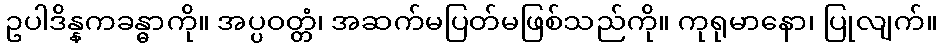
ဥပါဒိန္နကခန္ဓာကို။ အပ္ပဝတ္တံ၊ အဆက်မပြတ်မဖြစ်သည်ကို။ ကုရုမာနော၊ ပြုလျက်။